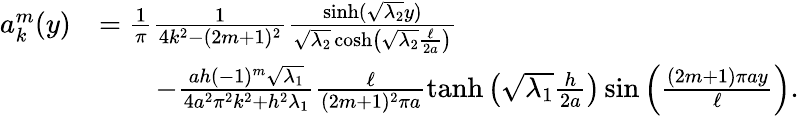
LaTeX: \begin{array}{rl}{a_{k}^{m}(y)}&{=\frac{1}{\pi}\frac{1}{4k^{2}-(2m+1)^{2}}\frac{\sinh(\sqrt{\lambda_{2}}y)}{\sqrt{\lambda_{2}}\cosh\left(\sqrt{\lambda_{2}}\frac{\ell}{2a}\right)}}\\ &{\quad\quad-\frac{ah(-1)^{m}\sqrt{\lambda_{1}}}{4a^{2}\pi^{2}k^{2}+h^{2}\lambda_{1}}\frac{\ell}{(2m+1)^{2}\pi a}\operatorname{tanh}\left(\sqrt{\lambda_{1}}\frac{h}{2a}\right)\sin\left(\frac{(2m+1)\pi ay}{\ell}\right).}\end{array}